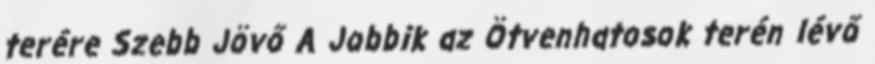
terére Szebb Jövő A Jobbik az Ötvenhatosok terén lévő